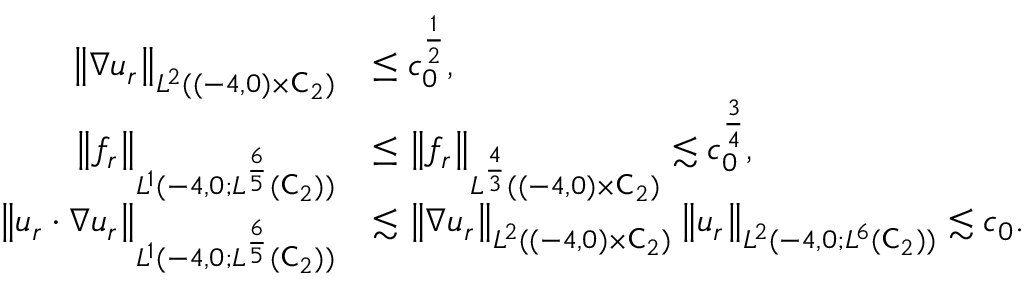
\begin{array} { r l } { \left\lVert \nabla u _ { r } \right\rVert _ { L ^ { 2 } ( ( - 4 , 0 ) \times \mathsf C _ { 2 } ) } } & { \le c _ { 0 } ^ { \frac 1 2 } , } \\ { \left\lVert f _ { r } \right\rVert _ { L ^ { 1 } ( - 4 , 0 ; L ^ { \frac 6 5 } ( \mathsf C _ { 2 } ) ) } } & { \le \left\lVert f _ { r } \right\rVert _ { L ^ { \frac 4 3 } ( ( - 4 , 0 ) \times \mathsf C _ { 2 } ) } \lesssim c _ { 0 } ^ { \frac 3 4 } , } \\ { \left\lVert u _ { r } \cdot \nabla u _ { r } \right\rVert _ { L ^ { 1 } ( - 4 , 0 ; L ^ { \frac 6 5 } ( \mathsf C _ { 2 } ) ) } } & { \lesssim \left\lVert \nabla u _ { r } \right\rVert _ { L ^ { 2 } ( ( - 4 , 0 ) \times \mathsf C _ { 2 } ) } \left\lVert u _ { r } \right\rVert _ { L ^ { 2 } ( - 4 , 0 ; L ^ { 6 } ( \mathsf C _ { 2 } ) ) } \lesssim c _ { 0 } . } \end{array}